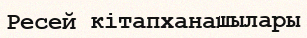
Ресей кітапханашылары